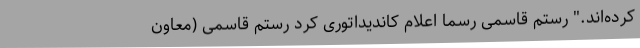
کرده‌اند." رستم قاسمی رسماً اعلام کاندیداتوری کرد رستم قاسمی (معاون